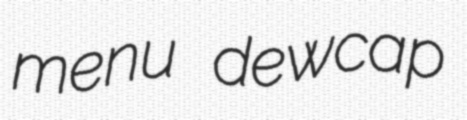
menu dewcap